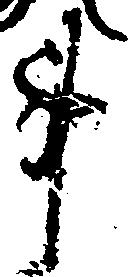
事